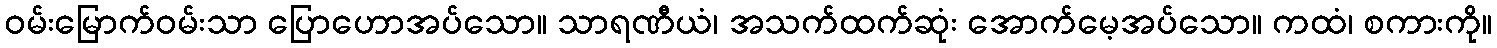
ဝမ်းမြောက်ဝမ်းသာ ပြောဟောအပ်သော။ သာရဏီယံ၊ အသက်ထက်ဆုံး အောက်မေ့အပ်သော။ ကထံ၊ စကားကို။